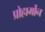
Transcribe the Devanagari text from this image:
प्रोहार्मोन